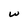
Character: w